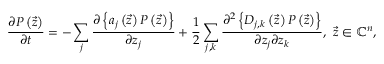
\frac { \partial P \left( \vec { z } \right) } { \partial t } = - \sum _ { j } \frac { \partial \left\{ a _ { j } \left( \vec { z } \right) P \left( \vec { z } \right) \right\} } { \partial z _ { j } } + \frac { 1 } { 2 } \sum _ { j , k } \frac { \partial ^ { 2 } \left\{ D _ { j , k } \left( \vec { z } \right) P \left( \vec { z } \right) \right\} } { \partial z _ { j } \partial z _ { k } } , \ \vec { z } \in \mathbb { C } ^ { n } ,